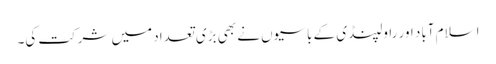
اسلام آباد اور راولپنڈی کے باسیوں نے بھی بڑی تعداد میں شرکت کی۔